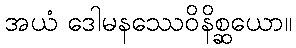
အယံ ဒေါမနဿေဝိနိစ္ဆယော။